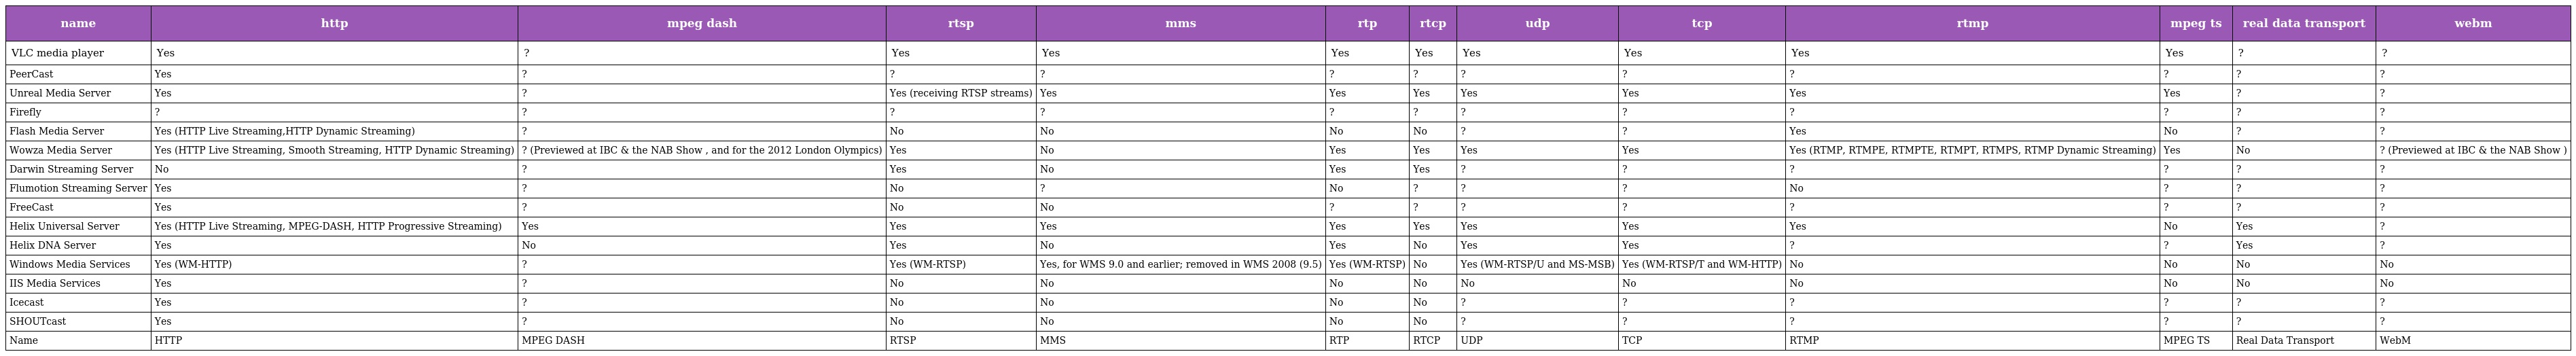
| name | http | mpeg dash | rtsp | mms | rtp | rtcp | udp | tcp | rtmp | mpeg ts | real data transport | webm |
 | --- | --- | --- | --- | --- | --- | --- | --- | --- | --- | --- | --- | --- |
 | VLC media player | Yes | ? | Yes | Yes | Yes | Yes | Yes | Yes | Yes | Yes | ? | ? |
 | PeerCast | Yes | ? | ? | ? | ? | ? | ? | ? | ? | ? | ? | ? |
 | Unreal Media Server | Yes | ? | Yes (receiving RTSP streams) | Yes | Yes | Yes | Yes | Yes | Yes | Yes | ? | ? |
 | Firefly | ? | ? | ? | ? | ? | ? | ? | ? | ? | ? | ? | ? |
 | Flash Media Server | Yes (HTTP Live Streaming,HTTP Dynamic Streaming) | ? | No | No | No | No | ? | ? | Yes | No | ? | ? |
 | Wowza Media Server | Yes (HTTP Live Streaming, Smooth Streaming, HTTP Dynamic Streaming) | ? (Previewed at IBC & the NAB Show , and for the 2012 London Olympics) | Yes | No | Yes | Yes | Yes | Yes | Yes (RTMP, RTMPE, RTMPTE, RTMPT, RTMPS, RTMP Dynamic Streaming) | Yes | No | ? (Previewed at IBC & the NAB Show ) |
 | Darwin Streaming Server | No | ? | Yes | No | Yes | Yes | ? | ? | ? | ? | ? | ? |
 | Flumotion Streaming Server | Yes | ? | No | ? | No | ? | ? | ? | No | ? | ? | ? |
 | FreeCast | Yes | ? | No | No | ? | ? | ? | ? | ? | ? | ? | ? |
 | Helix Universal Server | Yes (HTTP Live Streaming, MPEG-DASH, HTTP Progressive Streaming) | Yes | Yes | Yes | Yes | Yes | Yes | Yes | Yes | No | Yes | ? |
 | Helix DNA Server | Yes | No | Yes | No | Yes | No | Yes | Yes | ? | ? | Yes | ? |
 | Windows Media Services | Yes (WM-HTTP) | ? | Yes (WM-RTSP) | Yes, for WMS 9.0 and earlier; removed in WMS 2008 (9.5) | Yes (WM-RTSP) | No | Yes (WM-RTSP/U and MS-MSB) | Yes (WM-RTSP/T and WM-HTTP) | No | No | No | No |
 | IIS Media Services | Yes | ? | No | No | No | No | No | No | No | No | No | No |
 | Icecast | Yes | ? | No | No | No | No | ? | ? | ? | ? | ? | ? |
 | SHOUTcast | Yes | ? | No | No | No | No | ? | ? | ? | ? | ? | ? |
 | Name | HTTP | MPEG DASH | RTSP | MMS | RTP | RTCP | UDP | TCP | RTMP | MPEG TS | Real Data Transport | WebM |